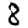
Digit: 8